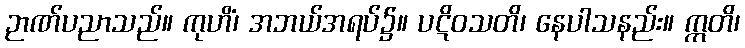
ဉာဏ်ပညာသည်။ ကုဟိံ၊ အဘယ်အရပ်၌။ ပဋိဝသတိ၊ နေပါသနည်း။ ဣတိ၊